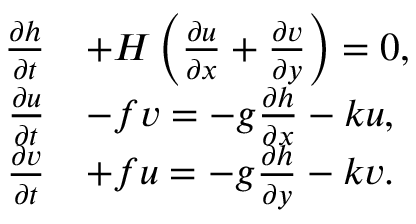
{ \begin{array} { r l } { { \frac { \partial h } { \partial t } } } & { + H \left( { \frac { \partial u } { \partial x } } + { \frac { \partial v } { \partial y } } \right) = 0 , } \\ { { \frac { \partial u } { \partial t } } } & { - f v = - g { \frac { \partial h } { \partial x } } - k u , } \\ { { \frac { \partial v } { \partial t } } } & { + f u = - g { \frac { \partial h } { \partial y } } - k v . } \end{array} }